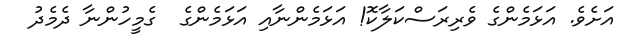
އަށެވެ. އަޅަމެންގެ ވެރިރަސްކަލާކޮ! އަޅަމެންނާއި އަޅަމެންގެ  ގެމީހުންނާ ދެމެދު